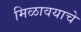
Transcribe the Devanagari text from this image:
मिळावयाचे